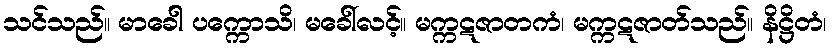
သင်သည်။ မာခေါ ပက္ကောသိ၊ မခေါ်လင့်။ မက္ကဋဇာတကံ၊ မက္ကဋဇာတ်သည်။ နိဋ္ဌိတံ၊